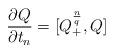
LaTeX: \begin{align*}\frac{\partial Q}{\partial t_n}=[Q^{\frac{n}{q}}_+,Q]\end{align*}